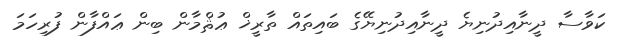
ކަވާސާ ދީނާއިދުނިޔެ ދީނާއިދުނިޔޭގެ ބައިތައް ތާރީޚް ޢުޘްމާން ބިން ޢައްފާން ފުރިހަމަ